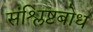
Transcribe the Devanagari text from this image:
संश्लिष्टबोध